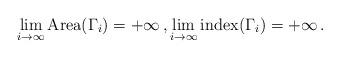
LaTeX: \begin{align*} \lim_{i \rightarrow \infty} \mathrm{Area}(\Gamma_i) = +\infty\,, \lim_{i \rightarrow \infty} \mathrm{index}(\Gamma_i) = +\infty\,. \end{align*}